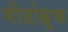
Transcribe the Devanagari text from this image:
मीडोब्रूक